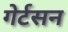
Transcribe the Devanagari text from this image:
गेर्टसन